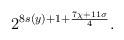
LaTeX: \begin{align*} 2^{8s(y) + 1+ \frac{7\chi+11\sigma}{4}}.\end{align*}